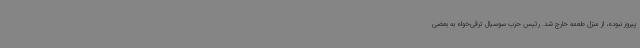
پیروز نبوده، از منزل طعمه خارج شد. رئیس حزب سوسیال ترقی‌خواه به بعضی